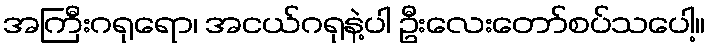
အကြီးဂရုရော၊ အငယ်ဂရုနဲ့ပါ ဦးလေးတော်စပ်သပေါ့။